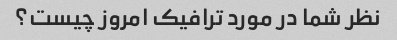
نظر شما در مورد ترافیک امروز چیست؟